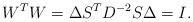
LaTeX: \begin{align*}W^{T}W=\Delta S^{T}D^{-2}S\Delta =I.\end{align*}